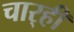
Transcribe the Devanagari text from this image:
चार्‍ही